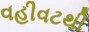
વહીવટથી